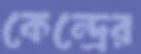
কেন্দ্রের